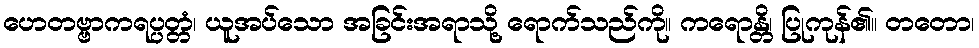
ဟေတဗ္ဗာကရပ္ပတ္တံ၊ ယူအပ်သော အခြင်းအရာသို့ ရောက်သည်ကို။ ကရောန္တိ၊ ပြုကုန်၏။ တတော၊